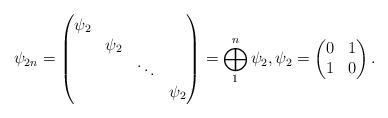
LaTeX: \begin{align*}\psi_{2n} = \begin{pmatrix}\psi_{2} \\ &\psi_{2} \\ && \ddots \\ &&&\psi_{2}\end{pmatrix} = \bigoplus_{1}^{n}\psi_{2}, \psi_{2} = \begin{pmatrix}0 & 1 \\1 & 0\end{pmatrix}.\end{align*}